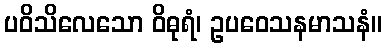
ပဝိသိလေသော ဝိဓုရံ၊ ဥပဝေသနမာသနံ။